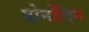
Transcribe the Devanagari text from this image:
दोनोंदिन